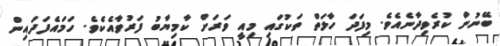
ބޭނުން ކުރެވިދާނެއެވެ. މިފަދަ ހާލަތް ތަކުގައި މިއީ ވަރަށް ކާމިޔާބު ފަރުވާއެކެވެ. ހަމައެފަދައިން